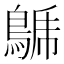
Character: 𪁦